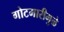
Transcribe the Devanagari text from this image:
गोटमारीमुळे